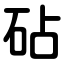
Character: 砧